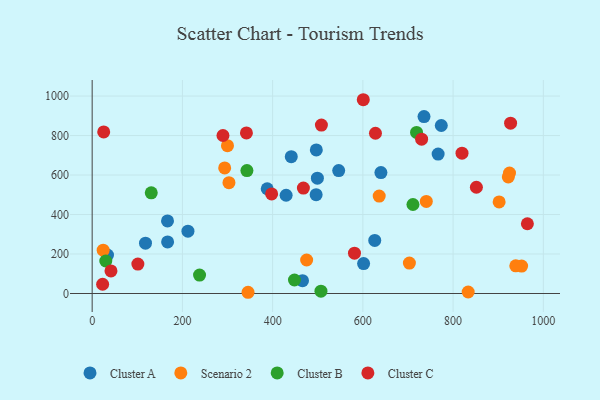
{"axis": {"x": "Investment", "y": "Rating"}, "legend": ["Cluster A", "Cluster B", "Cluster C", "Scenario 2"], "data": [{"x": "499.2", "y": 584.2, "type": "Cluster A"}, {"x": "601.6", "y": 151.8, "type": "Cluster A"}, {"x": "496.8", "y": 727.2, "type": "Cluster A"}, {"x": "167.2", "y": 261.2, "type": "Cluster A"}, {"x": "441.3", "y": 693.0, "type": "Cluster A"}, {"x": "626.3", "y": 268.6, "type": "Cluster A"}, {"x": "167.0", "y": 367.4, "type": "Cluster A"}, {"x": "496.4", "y": 500.6, "type": "Cluster A"}, {"x": "766.8", "y": 706.4, "type": "Cluster A"}, {"x": "212.3", "y": 315.7, "type": "Cluster A"}, {"x": "388.0", "y": 530.5, "type": "Cluster A"}, {"x": "466.2", "y": 65.2, "type": "Cluster A"}, {"x": "546.4", "y": 622.6, "type": "Cluster A"}, {"x": "640.0", "y": 612.6, "type": "Cluster A"}, {"x": "118.2", "y": 254.8, "type": "Cluster A"}, {"x": "34.0", "y": 194.8, "type": "Cluster A"}, {"x": "429.9", "y": 497.7, "type": "Cluster A"}, {"x": "735.5", "y": 896.2, "type": "Cluster A"}, {"x": "773.8", "y": 851.0, "type": "Cluster A"}, {"x": "303.2", "y": 561.2, "type": "Scenario 2"}, {"x": "951.8", "y": 138.7, "type": "Scenario 2"}, {"x": "24.4", "y": 219.6, "type": "Scenario 2"}, {"x": "938.9", "y": 140.2, "type": "Scenario 2"}, {"x": "703.1", "y": 154.3, "type": "Scenario 2"}, {"x": "833.4", "y": 7.7, "type": "Scenario 2"}, {"x": "293.7", "y": 636.1, "type": "Scenario 2"}, {"x": "902.0", "y": 463.9, "type": "Scenario 2"}, {"x": "299.9", "y": 748.6, "type": "Scenario 2"}, {"x": "922.3", "y": 590.3, "type": "Scenario 2"}, {"x": "475.4", "y": 169.6, "type": "Scenario 2"}, {"x": "740.6", "y": 466.2, "type": "Scenario 2"}, {"x": "925.0", "y": 609.8, "type": "Scenario 2"}, {"x": "636.2", "y": 493.6, "type": "Scenario 2"}, {"x": "345.5", "y": 6.2, "type": "Scenario 2"}, {"x": "711.0", "y": 450.8, "type": "Cluster B"}, {"x": "30.2", "y": 164.7, "type": "Cluster B"}, {"x": "238.0", "y": 93.4, "type": "Cluster B"}, {"x": "719.0", "y": 815.7, "type": "Cluster B"}, {"x": "131.0", "y": 509.9, "type": "Cluster B"}, {"x": "343.0", "y": 622.8, "type": "Cluster B"}, {"x": "507.1", "y": 12.0, "type": "Cluster B"}, {"x": "448.4", "y": 68.3, "type": "Cluster B"}, {"x": "101.3", "y": 148.8, "type": "Cluster C"}, {"x": "627.9", "y": 811.6, "type": "Cluster C"}, {"x": "730.2", "y": 781.9, "type": "Cluster C"}, {"x": "41.7", "y": 114.3, "type": "Cluster C"}, {"x": "23.2", "y": 46.8, "type": "Cluster C"}, {"x": "289.9", "y": 800.4, "type": "Cluster C"}, {"x": "927.4", "y": 862.8, "type": "Cluster C"}, {"x": "25.6", "y": 818.2, "type": "Cluster C"}, {"x": "851.6", "y": 538.1, "type": "Cluster C"}, {"x": "508.1", "y": 853.1, "type": "Cluster C"}, {"x": "964.6", "y": 353.4, "type": "Cluster C"}, {"x": "397.8", "y": 504.3, "type": "Cluster C"}, {"x": "581.4", "y": 204.0, "type": "Cluster C"}, {"x": "341.9", "y": 813.1, "type": "Cluster C"}, {"x": "600.9", "y": 981.5, "type": "Cluster C"}, {"x": "819.7", "y": 710.8, "type": "Cluster C"}, {"x": "468.2", "y": 533.8, "type": "Cluster C"}]}